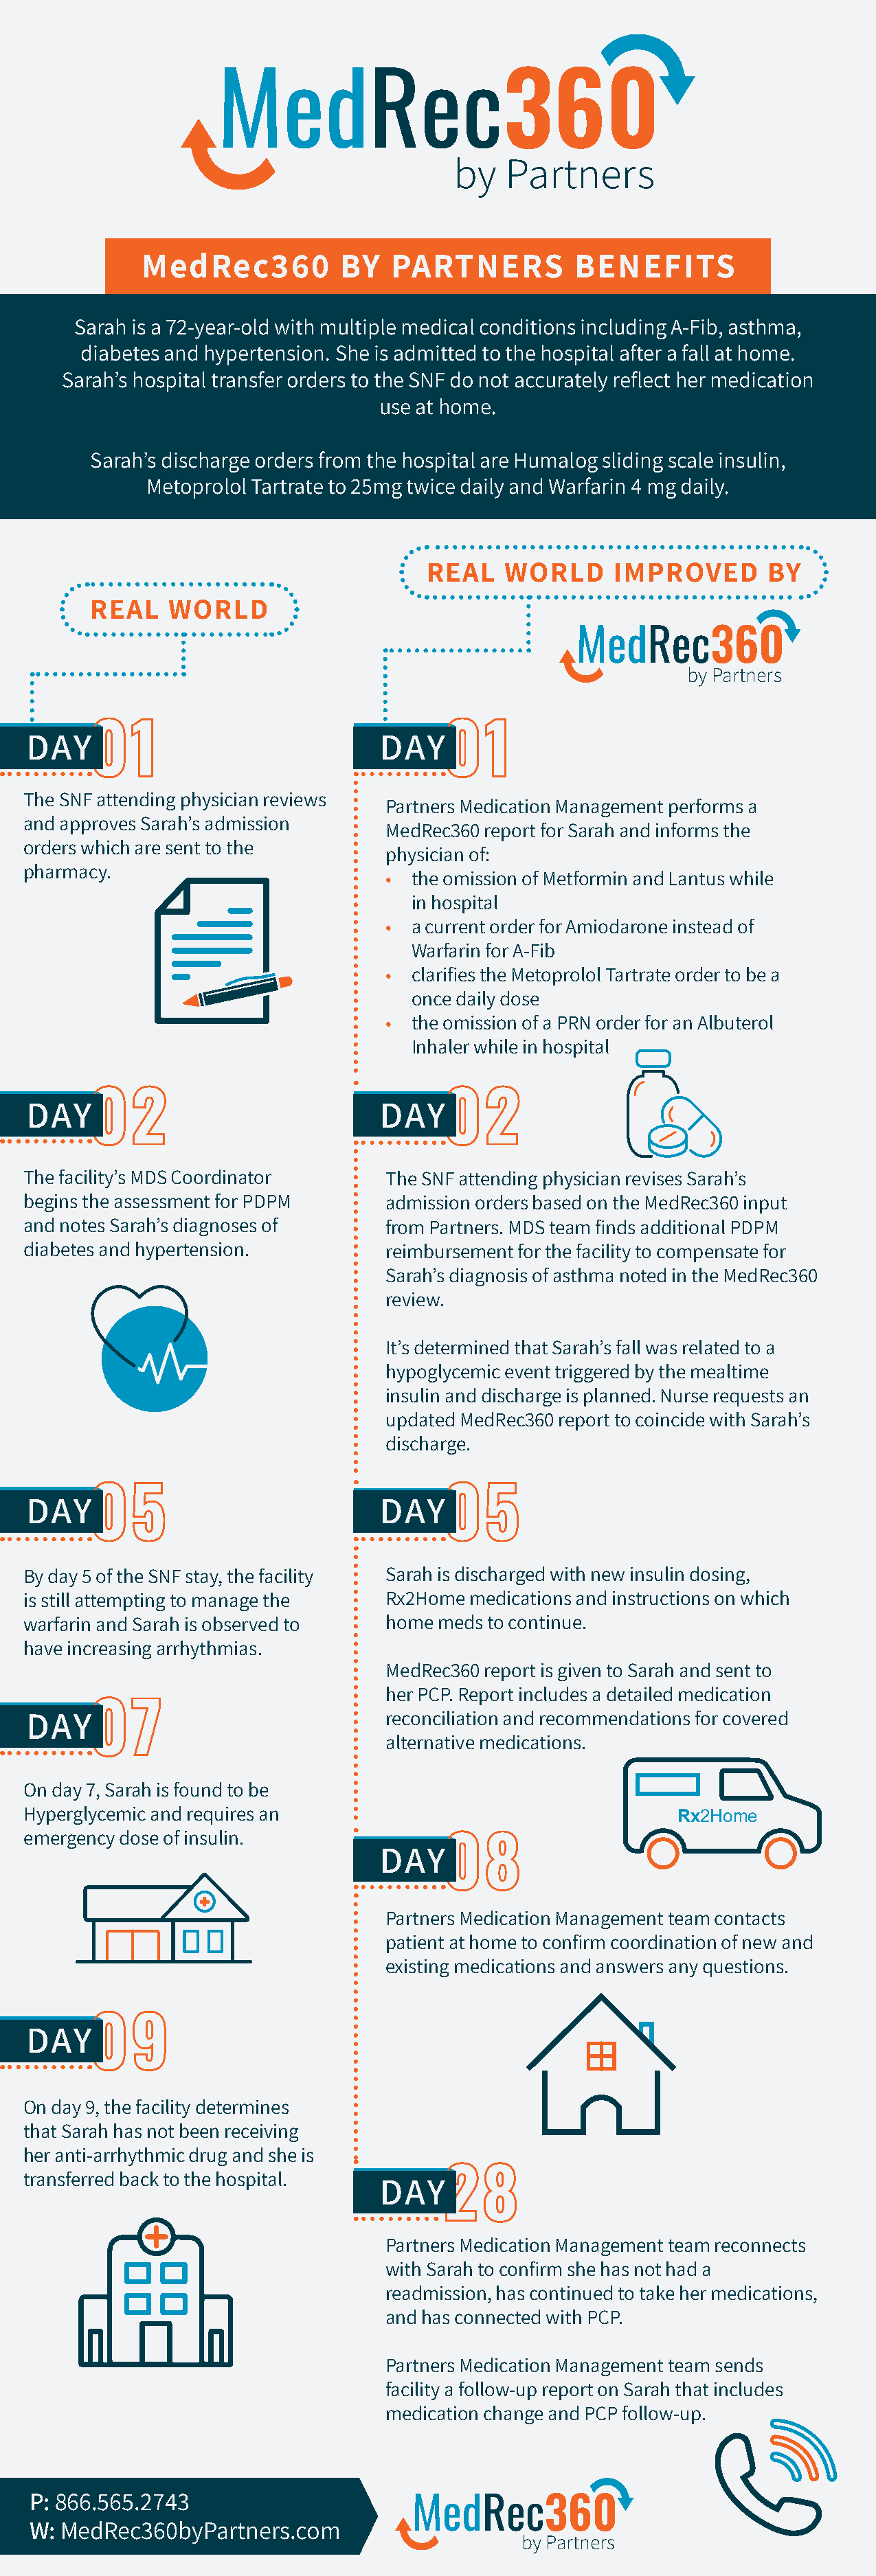
MedRec
 360
 by   Partners
 MedRec360          BY   PARTNERS         BENEFITS
 Sarah is a 72-year-old with multiple medical conditions including A-Fib, asthma,
 diabetes and hypertension. She is admitted to the hospital after a fall at home.
 Sarah’s hospital transfer orders to the SNF do not accurately reflect her medication
 use at home.
 Sarah’s discharge orders from the hospital are Humalog sliding scale insulin,
 Metoprolol Tartrate to 25mg twice daily and Warfarin 4 mg daily.
 REAL    WORLD     IMPROVED       BY
 REAL   WORLD
 MedRec360
 by Partners
 DAY01                             DAY01
 The SNF attending physician reviews
 Partners Medication Management performs a
 and approves Sarah’s admission
 MedRec360 report for Sarah and informs the
 orders which are sent to the
 physician of:
 pharmacy.
 •  the omission of Metformin and Lantus while
 in hospital
 •  a current order for Amiodarone instead of
 Warfarin for A-Fib
 •  clarifies the Metoprolol Tartrate order to be a
 once daily dose
 •  the omission of a PRN order for an Albuterol
 Inhaler while in hospital
 DAY02                             DAY02
 The facility’s MDS Coordinator     The SNF attending physician revises Sarah’s
 begins the assessment for PDPM     admission orders based on the MedRec360 input
 and notes Sarah’s diagnoses of     from Partners. MDS team finds additional PDPM
 diabetes and hypertension.         reimbursement for the facility to compensate for
 Sarah’s diagnosis of asthma noted in the MedRec360
 review.
 It’s determined that Sarah’s fall was related to a
 hypoglycemic event triggered by the mealtime
 insulin and discharge is planned. Nurse requests an
 updated MedRec360 report to coincide with Sarah’s
 discharge.
 DAY05                             DAY05
 By day 5 of the SNF stay, the facility Sarah is discharged with new insulin dosing,
 is still attempting to manage the  Rx2Home medications and instructions on which
 warfarin and Sarah is observed to  home meds to continue.
 have increasing arrhythmias.
 MedRec360 report is given to Sarah and sent to
 her PCP. Report includes a detailed medication
 DAY07                             reconciliation and recommendations for covered
 alternative medications.
 On day 7, Sarah is found to be
 Hyperglycemic and requires an                                  Rx2Home
 emergency dose of insulin.
 DAY08
 Partners Medication Management team contacts
 patient at home to confirm coordination of new and
 existing medications and answers any questions.
 DAY09
 On day 9, the facility determines
 that Sarah has not been receiving
 her anti-arrhythmic drug and she is
 transferred back to the hospital.
 DAY28
 Partners Medication Management team reconnects
 with Sarah to confirm she has not had a
 readmission, has continued to take her medications,
 and has connected with PCP.
 Partners Medication Management team sends
 facility a follow-up report on Sarah that includes
 medication change and PCP follow-up.
 P: 866.565.2743
 MedRec360
 W: MedRec360byPartners.com
 by Partners